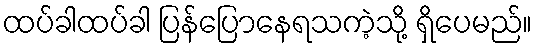
ထပ်ခါထပ်ခါ ပြန်ပြောနေရသကဲ့သို့ ရှိပေမည်။